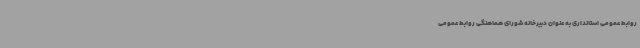
روابط عمومی استانداری به عنوان دبیرخانه شورای هماهنگی روابط عمومی